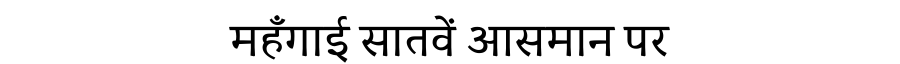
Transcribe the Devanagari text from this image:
महँगाई सातवें आसमान पर